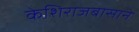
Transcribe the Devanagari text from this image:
केशिराजबासाने